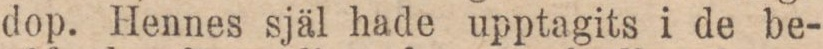
dop. Hennes själ hade upptagits i de be-